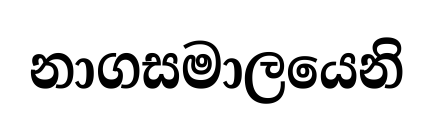
නාගසමාලයෙනි